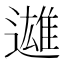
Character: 𨗑